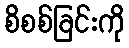
စိစစ်ခြင်းကို